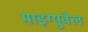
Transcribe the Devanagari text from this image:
माइग्युवेल